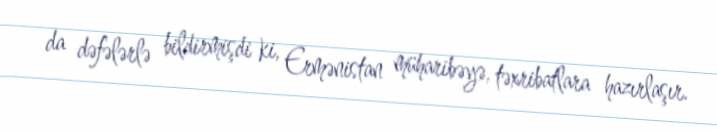
da dəfələrlə bildirmişdi ki, Ermənistan müharibəyə, təxribatlara hazırlaşır.